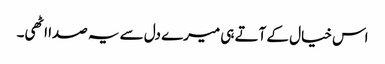
اس خیال کے آتے ہی میرے دل سے یہ صدا اٹھی۔